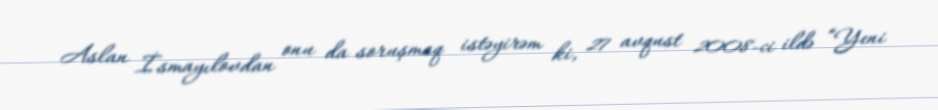
Aslan İsmayılovdan onu da soruşmaq istəyirəm ki, 27 avqust 2008-ci ildə “Yeni